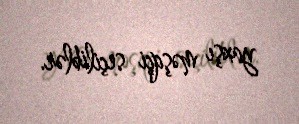
yaxşı məşqçi seçiliblər.